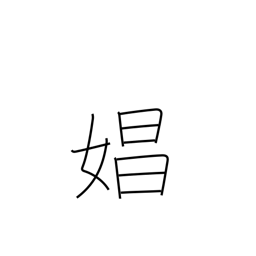
Meaning: prostitute